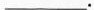
___.